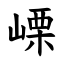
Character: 㟳